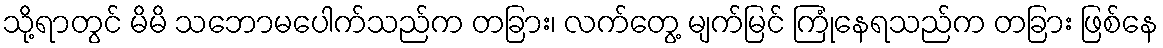
သို့ရာတွင် မိမိ သဘောမပေါက်သည်က တခြား၊ လက်တွေ့ မျက်မြင် ကြုံနေရသည်က တခြား ဖြစ်နေ